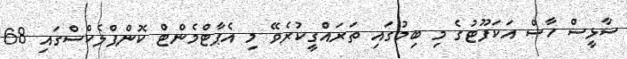
ސާޅީސް ހާސް އަކަފޫޓުގެ މި ބިމުގައި ތަރައްގީކުރެވޭ މި އެޕާޓްމެންޓް ކޮންޕްލެކްސްގައި 68